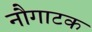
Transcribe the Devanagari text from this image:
नौगाटक